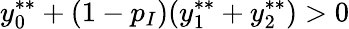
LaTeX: y_{0}^{**}+(1-p_{I})(y_{1}^{**}+y_{2}^{**})>0